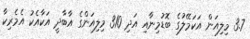
3.7 މިލިއަން އަކަމޭލުގެ ބޮޑުމިނާއި އަދި 310 މިލިއަންގެ އާބާދީ އަކާއެކު އެމެރިކާ